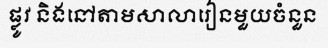
ផ្លូវ និងនៅតាមសាលារៀនមួយចំនួន